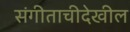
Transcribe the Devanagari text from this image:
संगीताचीदेखील